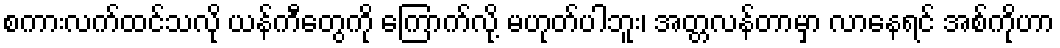
စကားလက်ထင်သလို ယန်ကီတွေကို ကြောက်လို့ မဟုတ်ပါဘူး၊ အတ္တလန်တာမှာ လာနေရင် အစ်ကိုဟာ